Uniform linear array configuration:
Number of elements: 64
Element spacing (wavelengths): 1
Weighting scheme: uniform
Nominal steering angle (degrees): -15
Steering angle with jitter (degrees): -15.522
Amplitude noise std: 0.05
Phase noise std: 0.05

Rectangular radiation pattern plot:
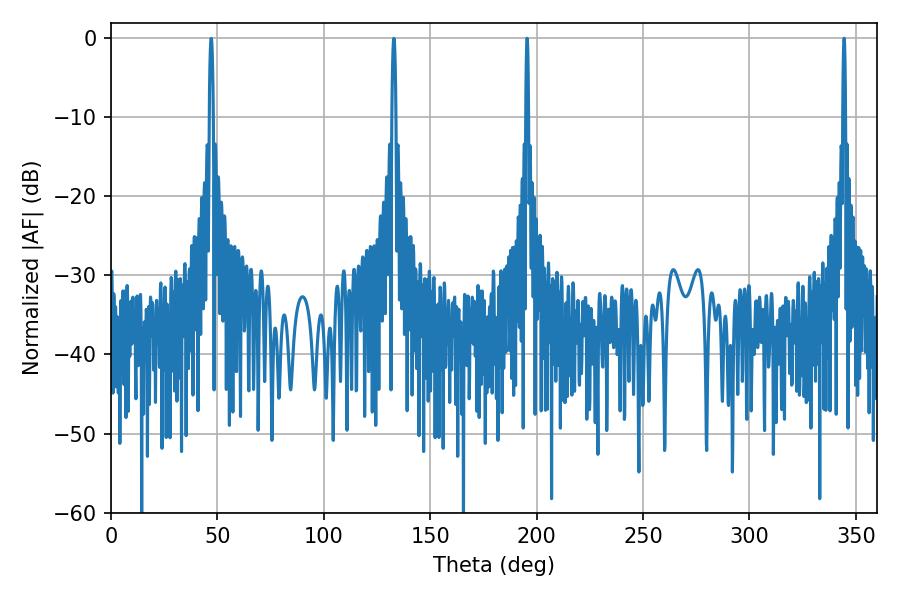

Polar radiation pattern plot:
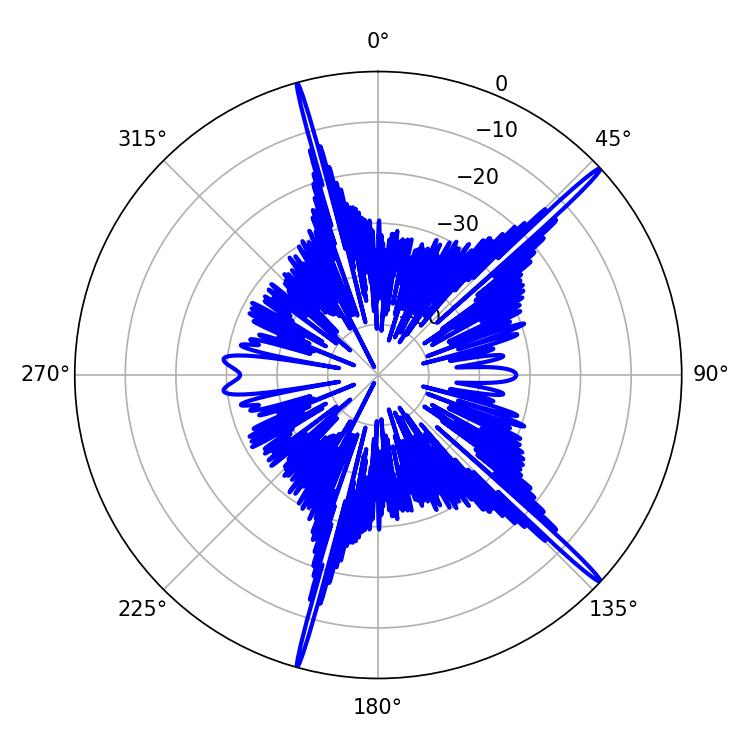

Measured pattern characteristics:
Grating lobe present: TRUE
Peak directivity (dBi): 19.079
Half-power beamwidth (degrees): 0.72
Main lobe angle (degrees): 344.52